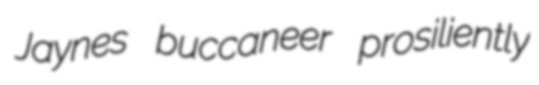
Jaynes buccaneer prosiliently